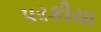
પરકીયા